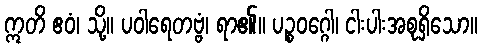
ဣတိ ဧဝံ၊ သို့။ ပဝါရေတဗ္ဗံ၊ ရာ၏။ ပဉ္စဝဂ္ဂေါ၊ ငါးပါးအစုရှိသော။